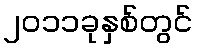
၂၀၁၁ခုနှစ်တွင်